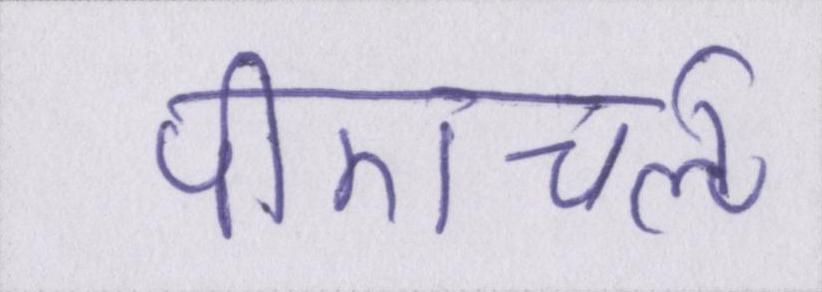
पीएचर्ऌ